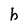
Character: h